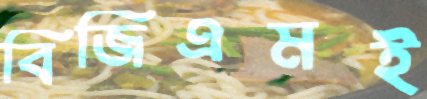
বিজিএমই